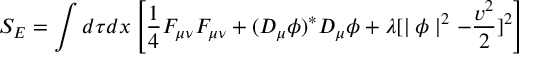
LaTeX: S _ { E } = \int d \tau d x \left[ \frac { 1 } { 4 } F _ { \mu \nu } F _ { \mu \nu } + ( D _ { \mu } \phi ) ^ { \ast } D _ { \mu } \phi + \lambda [ \mid \phi \mid ^ { 2 } - \frac { v ^ { 2 } } { 2 } ] ^ { 2 } \right]